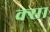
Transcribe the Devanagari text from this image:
क्सा